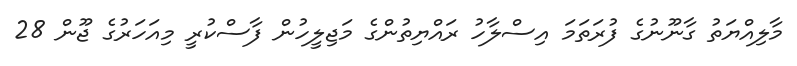
މާލިއްޔަތު ގާނޫނުގެ ފުރަތަމަ އިސްލާހު ރައްޔިތުންގެ މަޖިލީހުން ފާސްކުރީ މިއަހަރުގެ ޖޫން 28